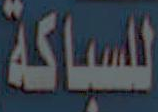
للسباكة